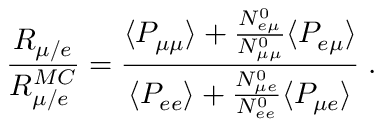
\frac { R _ { \mu / e } } { R _ { \mu / e } ^ { M C } } = \frac { \langle P _ { \mu \mu } \rangle + \frac { N _ { e \mu } ^ { 0 } } { N _ { \mu \mu } ^ { 0 } } \langle P _ { e \mu } \rangle } { \langle P _ { e e } \rangle + \frac { N _ { \mu e } ^ { 0 } } { N _ { e e } ^ { 0 } } \langle P _ { \mu e } \rangle } \; .